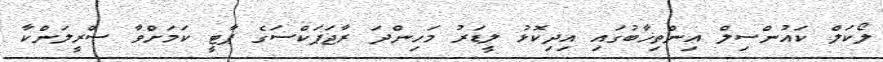
ލޯކަލް ކައުންސިލް އިންތިޚާބުގައި އިދިކޮޅު ލީޑަރު މަހިންދަ ރާޖަޕަކްސަގެ ޕާޓީ ކަމަށްވާ ސްރީލަންކާ